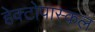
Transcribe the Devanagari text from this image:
हेक्टोपास्कल